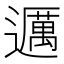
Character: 𬩤